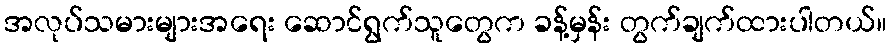
အလုပ်သမားများအရေး ဆောင်ရွက်သူတွေက ခန့်မှန်း တွက်ချက်ထားပါတယ်။